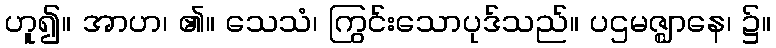
ဟူ၍။ အာဟ၊ ၏။ သေသံ၊ ကြွင်းသောပုဒ်သည်။ ပဌမဇ္ဈာနေ၊ ၌။